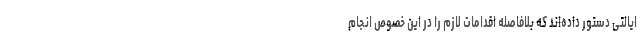
ایالتی دستور داده‌اند که بلافاصله اقدامات لازم را در این خصوص انجام